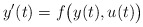
\begin{align*} y'(t)=f\big(y(t),u(t)\big)\end{align*}